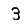
Digit: 3